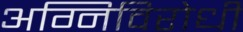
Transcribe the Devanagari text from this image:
अग्निविरोधी